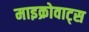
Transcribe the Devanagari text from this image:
माइक्रोवाट्स